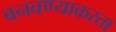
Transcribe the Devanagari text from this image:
बनवण्याकरता